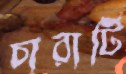
চারাটি